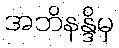
အဘိနန္ဒိမှ